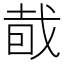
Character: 𥅤